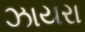
ઝાયરા